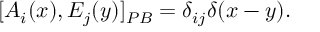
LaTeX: [ A _ { i } ( x ) , E _ { j } ( y ) ] _ { P B } = \delta _ { i j } \delta ( x - y ) .